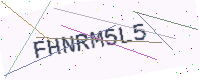
Text: FHNRM5L5